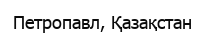
Петропавл, Қазақстан